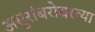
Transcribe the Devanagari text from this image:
असुरांबरोबरच्या